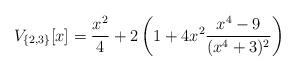
LaTeX: \begin{align*}V_{\{2,3\}}[x]=\frac{x^2}{4}+2\left(1 +4x^2\frac{x^4-9}{(x^4+3)^2}\right) \end{align*}